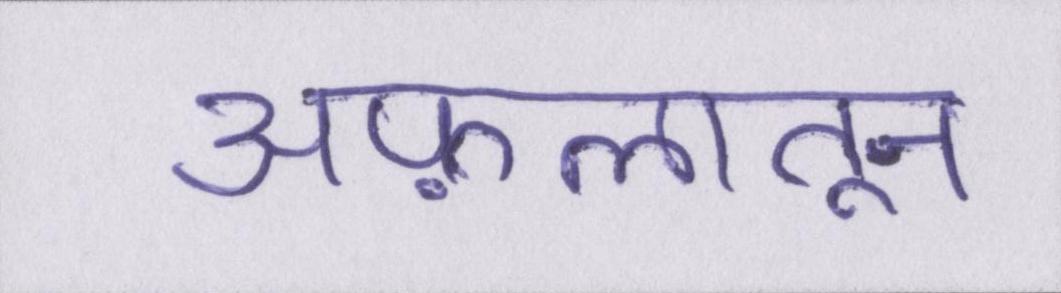
अफ़लातून